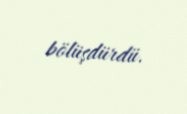
bölüşdürdü.